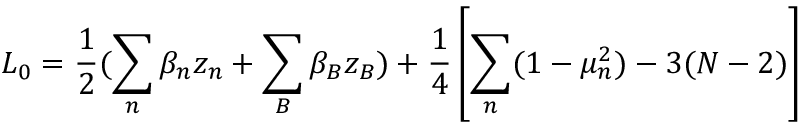
L _ { 0 } = \frac { 1 } { 2 } ( \sum _ { n } \beta _ { n } z _ { n } + \sum _ { B } \beta _ { B } z _ { B } ) + \frac { 1 } { 4 } \left[ \sum _ { n } ( 1 - \mu _ { n } ^ { 2 } ) - 3 ( { \cal N } - 2 ) \right]